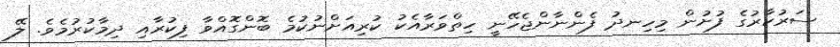
ސަރުކާރުގެ ފުށުން މިހިނދު ފެންނާންޖެހޭނީ ހިތްވަރާއެކު ކުރިއަށްނުކުމެ ބޮންގޮއްވާ ފިކުރާއި ދިމާކުރުމެވެ. ލޭ